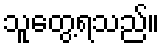
သူတွေ့ရသည်။